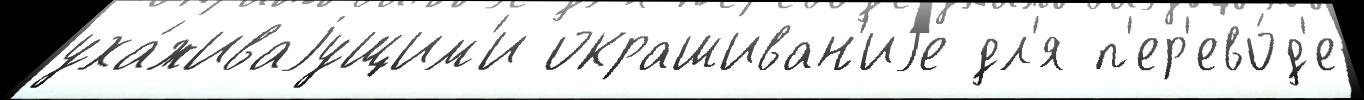
уха́живаjущим'и окрашиван'иjе дл'я п'ер'ево́д'е